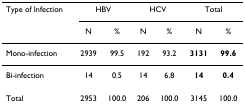
<table><thead><tr><td><b>Type of Infection</b></td><td colspan="2"><b>HBV</b></td><td colspan="2"><b>HCV</b></td><td colspan="2"><b>Total</b></td></tr><tr><td></td><td><b>N</b></td><td><b>%</b></td><td><b>N</b></td><td><b>%</b></td><td><b>N</b></td><td><b>%</b></td></tr></thead><tbody><tr><td>Mono-infection</td><td>2939</td><td>99.5</td><td>192</td><td>93.2</td><td><b>3131</b></td><td><b>99.6</b></td></tr><tr><td>Bi-infection</td><td>14</td><td>0.5</td><td>14</td><td>6.8</td><td><b>14</b></td><td><b>0.4</b></td></tr><tr><td>Total</td><td>2953</td><td>100.0</td><td>206</td><td>100.0</td><td>3145</td><td>100.0</td></tr></tbody></table>